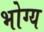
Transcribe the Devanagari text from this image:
भोग्‍य